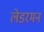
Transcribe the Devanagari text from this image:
लेडरमन